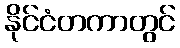
နိုင်ငံတကာတွင်